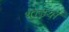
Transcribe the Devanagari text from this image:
थाईयों